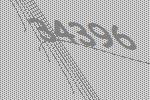
34396